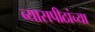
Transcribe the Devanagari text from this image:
व्यासपीठांच्या